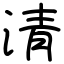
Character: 清